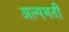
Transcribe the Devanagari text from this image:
अल्पमती